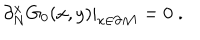
\partial _ { N } ^ { x } G _ { 0 } ( x , y ) | _ { x \in { \partial { \cal M } } } = 0 \; .